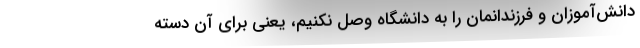
دانش‌آموزان و فرزندانمان را به دانشگاه وصل نکنیم، یعنی برای آن دسته